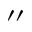
^ { \prime \prime }